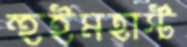
হুইমহার্স্ট